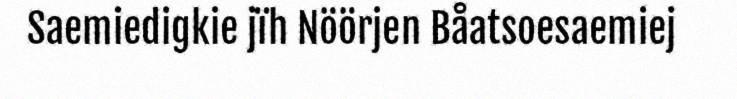
Saemiedigkie jïh Nöörjen Båatsoesaemiej